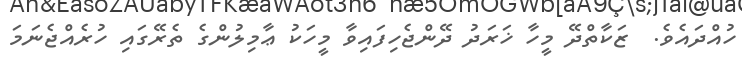
ހުއްދައެވެ.  ޒަކާތްދޭ މީހާ ޚަރަދު ދޭންޖެހިފައިވާ މީހަކު ޢާމިލުންގެ ތެރޭގައި ހުރެއްޖެނަމަ